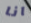
انا